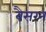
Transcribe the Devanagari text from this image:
बैसरन